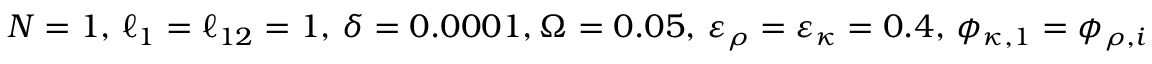
N = 1 , \, \ell _ { 1 } = \ell _ { 1 2 } = 1 , \, \delta = 0 . 0 0 0 1 , \Omega = 0 . 0 5 , \, \varepsilon _ { \rho } = \varepsilon _ { \kappa } = 0 . 4 , \, \phi _ { \kappa , 1 } = \phi _ { \rho , i } = 0 , \, v _ { 0 } = v _ { \mathrm { r } } = 1